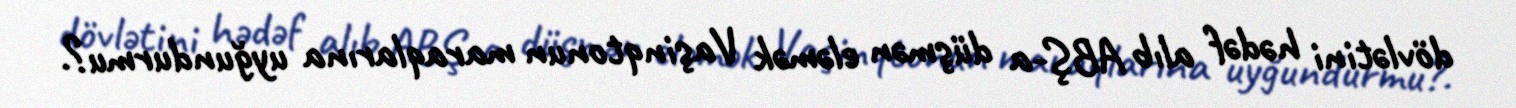
dövlətini hədəf alıb ABŞ-a düşmən eləmək Vaşinqtonun maraqlarına uyğundurmu?.